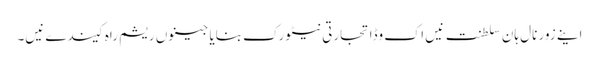
اینے زور نال ہان سلطنت نیں اک وڈا تجارتی نیٹورک بنایا جینوں ریشم راہ کیندے نیں۔